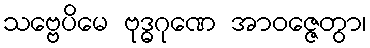
သဗ္ဗေပိမေ ဗုဒ္ဓဂုဏေ အာဝဇ္ဇေတွာ၊